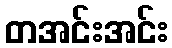
တအင်းအင်း